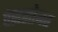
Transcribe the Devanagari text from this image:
पेससोबत